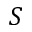
S